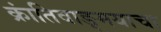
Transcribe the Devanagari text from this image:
क्रांतिवाङ्मयाचा